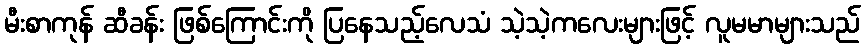
မီးစာကုန် ဆီခန်း ဖြစ်ကြောင်းကို ပြနေသည့်လေသံ သဲ့သဲ့ကလေးများဖြင့် လူမမာများသည်